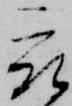
被